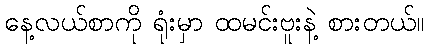
နေ့လယ်စာကို ရုံးမှာ ထမင်းဗူးနဲ့ စားတယ်။